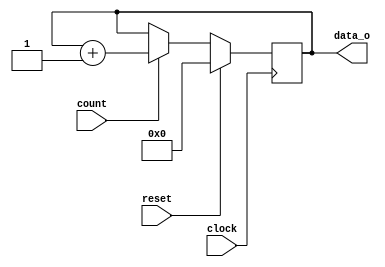
module UpCounter(clock,reset,count,data_o);
   parameter Size = 8;
   input wire [('b1) - ('b1):0] clock;
   input wire [('b1) - ('b1):0] reset;
   input wire [('b1) - ('b1):0] count;
   output reg [(Size) - ('b1):0] data_o;
   always @ (posedge clock) begin
      if (reset) begin
	 data_o <= {Size{1'b0}};
      end
      else begin
	 if (count) begin
	    data_o <= data_o + 1;
	 end
      end
   end
endmodule